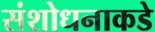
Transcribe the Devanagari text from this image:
संशोधनाकडे